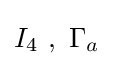
I_{4}~,~\Gamma _{a}